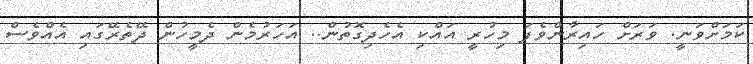
ކަމަށްވަނީ. ވަރަށް ހައިރާންވެފަ މިހުރީ އައްކި އެހެދިގޮތުން.. އަހަރުމެން ދެމީހުން ދޭތެރޭގައި އެއްވެސް